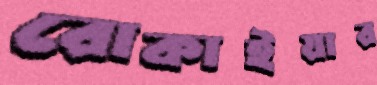
রোকাইয়ার